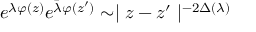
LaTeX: e ^ { \lambda \varphi ( z ) } e ^ { \bar { \lambda } \varphi ( z ^ { \prime } ) } \sim \mid z - z ^ { \prime } \mid ^ { - 2 \Delta ( \lambda ) }